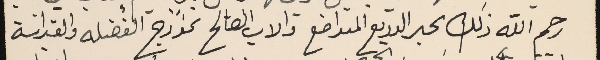
رحم الله ذلك الحبر الوديع المتواضع والاب الصالح نموذج الفضله والقداسَة